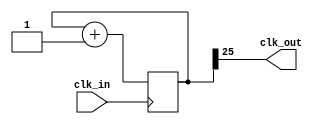

module ClockDivider(
    input wire [0:0] clk_in,
    output wire [0:0] clk_out
    );

  // 100MHz(Basys3) / 2**26 = 1.5Hz
  reg [25:0] cnt26 = 26'b0000_0000_0000_0000_0000_0000_00;
  always @( posedge clk_in ) cnt26 <= cnt26 + 1'b1;
  assign clk_out = cnt26[25];
  
endmodule